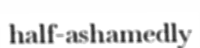
half-ashamedly